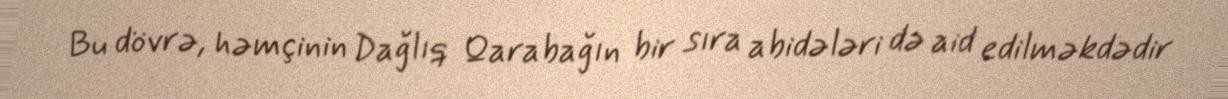
Bu dövrə, həmçinin Dağlıq Qarabağın bir sıra abidələri də aid edilməkdədir